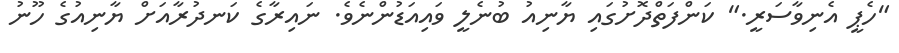
"ހެޕީ އެނިވާސަރީ." ކަންފަތްދޮށުގައި ޔާނިއު ބުނެލީ ވައިއަޑުންނެވެ. ނައިރާގެ ކަނދުރާއަށް ޔާނިއުގެ ހޫނު